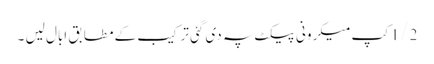
1/2کپ میکرونی پیکٹ پہ دی گئی ترکیب کے مطابق ابال لیں ۔